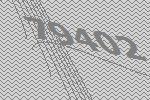
79402